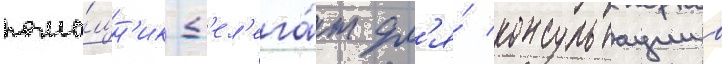
помо́щн'ик-д'ел'ега́т дл'я́ консультации в